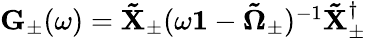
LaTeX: \begin{array}{r}{\textbf{G}_{\pm}(\omega)=\mathbf{\tilde{X}}_{\pm}(\omega\textbf{1}-\boldsymbol{\tilde{\Omega}}_{\pm})^{-1}\mathbf{\tilde{X}}_{\pm}^{\dagger}}\end{array}